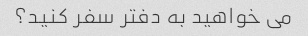
می خواهید به دفتر سفر کنید؟